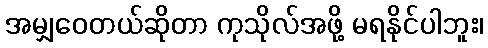
အမျှဝေတယ်ဆိုတာ ကုသိုလ်အဖို့ မရနိုင်ပါဘူး၊